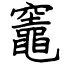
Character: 竈